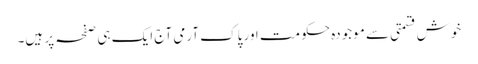
خوش قسمتی سے موجودہ حکومت اور پاک آرمی آج ایک ہی صفحہ پر ہیں۔